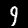
Digit: 9